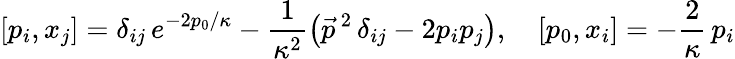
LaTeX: [p_{i},x_{j}]=\delta_{ij}\, e^{-2p_{0}/\kappa}-\frac{1}{\kappa^{2}}\left(\vec{p}\, {}^{2}\, \delta_{ij}-2p_{i}p_{j}\right),\quad[p_{0},x_{i}]=-\frac{2}\kappa\, p_{i}